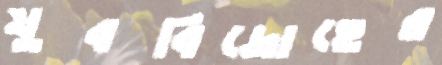
যুববিদ্রোহের